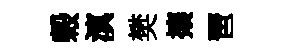
榖滇樊攘琶